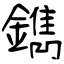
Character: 鐫